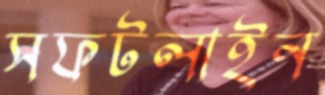
সফটলাইন